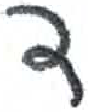
אות: ד